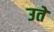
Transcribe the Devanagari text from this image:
उते